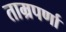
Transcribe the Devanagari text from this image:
ताम्रपर्णा